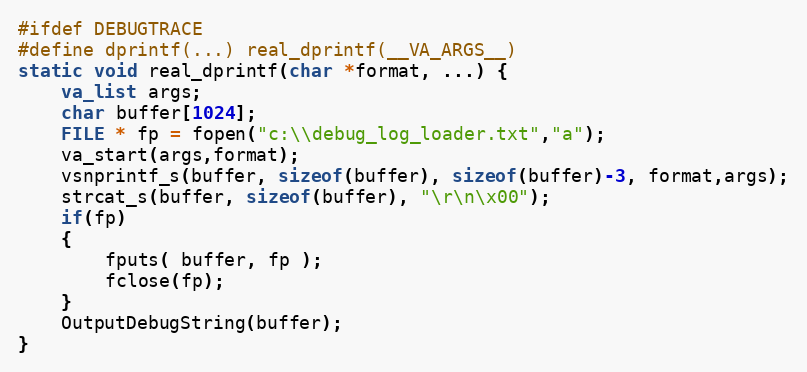
Language: C
#ifdef DEBUGTRACE
#define dprintf(...) real_dprintf(__VA_ARGS__)
static void real_dprintf(char *format, ...) {
	va_list args;
	char buffer[1024];
	FILE * fp = fopen("c:\\debug_log_loader.txt","a");
	va_start(args,format);
	vsnprintf_s(buffer, sizeof(buffer), sizeof(buffer)-3, format,args);
	strcat_s(buffer, sizeof(buffer), "\r\n\x00");
	if(fp)
	{
		fputs( buffer, fp );
		fclose(fp);
	}
	OutputDebugString(buffer);
}